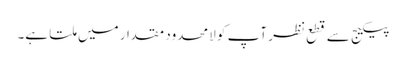
پیکیج سے قطع نظر آپ کو لامحدود مقدار میں ملتا ہے۔